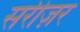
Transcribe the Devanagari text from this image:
सरीज़र